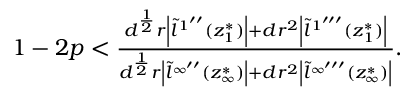
\begin{array} { r } { 1 - 2 p < \frac { d ^ { \frac { 1 } { 2 } } r \left| \tilde { l } ^ { 1 ^ { \prime \prime } } ( z _ { 1 } ^ { * } ) \right| + d r ^ { 2 } \left| \tilde { l } ^ { 1 ^ { \prime \prime \prime } } ( z _ { 1 } ^ { * } ) \right| } { d ^ { \frac { 1 } { 2 } } r \left| \tilde { l } ^ { \infty ^ { \prime \prime } } ( z _ { \infty } ^ { * } ) \right| + d r ^ { 2 } \left| \tilde { l } ^ { \infty ^ { \prime \prime \prime } } ( z _ { \infty } ^ { * } ) \right| } . } \end{array}